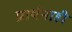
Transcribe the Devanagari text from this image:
प्रार्थनाही